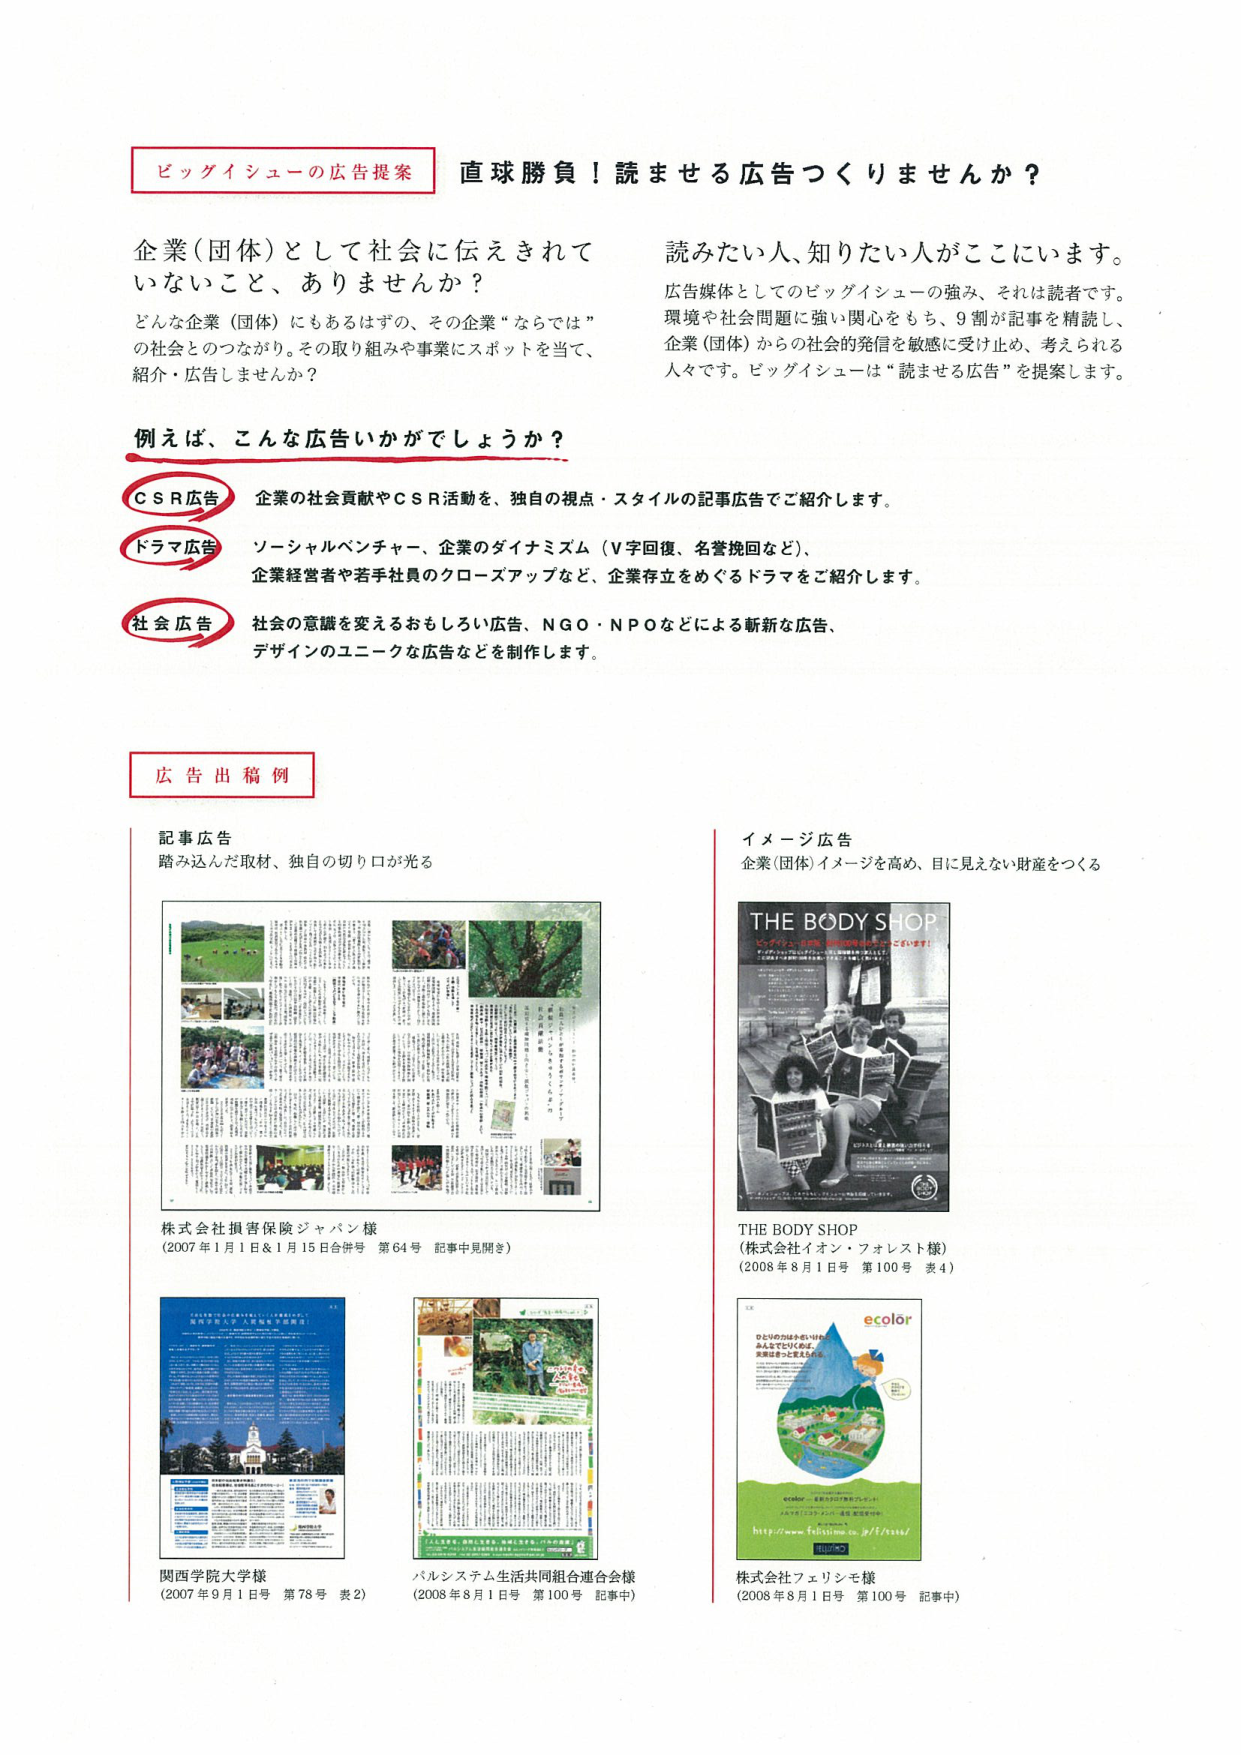
ビッグイシューの広告提案
直球勝負！読ませる広告つくりませんか？

企業（団体）として社会に伝えきれていないこと、ありませんか？
どんな企業（団体）にもあるはずの、その企業“ならでは”の社会とのつながり。その取り組みや事業にスポットを当て、紹介・広告しませんか？

読みたい人、知りたい人がここにいます。
広告媒体としてのビッグイシューの強み、それは読者です。環境や社会問題に強い関心をもち、9割が記事を精読し、企業（団体）からの社会的発信を敏感に受け止め、考えられる人々です。ビッグイシューは“読ませる広告”を提案します。

例えば、こんな広告いかがでしょうか？

CSR広告
企業の社会貢献やＣＳＲ活動を、独自の視点・スタイルの記事広告でご紹介します。

ドラマ広告
ソーシャルベンチャー、企業のダイナミズム（Ｖ字回復、名誉挽回など）、企業経営者や若手社員のクローズアップなど、企業存立をめぐるドラマをご紹介します。

社会広告
社会の意識を変えるおもしろい広告、ＮＧＯ・ＮＰＯなどによる斬新な広告、デザインのユニークな広告などを制作します。

広告出稿例

記事広告
踏み込んだ取材、独自の切り口が光る

株式会社損害保険ジャパン様
（2007年1月1日＆1月15日合併号 第64号 記事中見開き）

関西学院大学様
（2007年9月1日号 第78号 表2）

パルシステム生活共同組合連合会様
（2008年8月1日号 第100号 記事中）

イメージ広告
企業（団体）イメージを高め、目に見えない財産をつくる

THE BODY SHOP
（株式会社イオン・フォレスト様）
（2008年8月1日号 第100号 表4）

ecolor
株式会社フェリシモ様
（2008年8月1日号 第100号 記事中）

THE BODY SHOP
ビッグイシューに掲載された広告です。
（株式会社イオン・フォレスト様）
（2008年8月1日号 第100号 表4）

ecolor
http://www.felicity.co.jp/ecolor/
株式会社フェリシモ様
（2008年8月1日号 第100号 記事中）